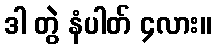
ဒါ တွဲ နံပါတ် ၄လား။